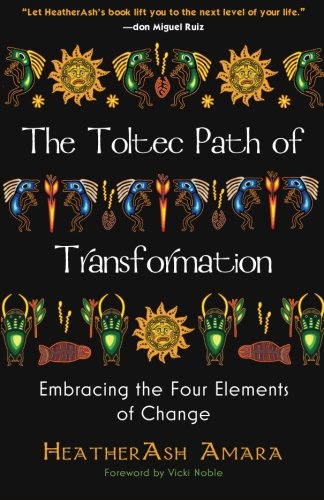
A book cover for The Toltec Path of Transformation: Embracing the Four Elements of Change; Heather Ash Amara; Religion & Spirituality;